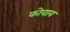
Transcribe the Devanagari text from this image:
कोवाव